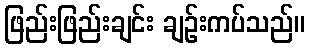
ဖြည်းဖြည်းချင်း ချဉ်းကပ်သည်။